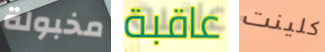
مخبولة عاقبة كلينت